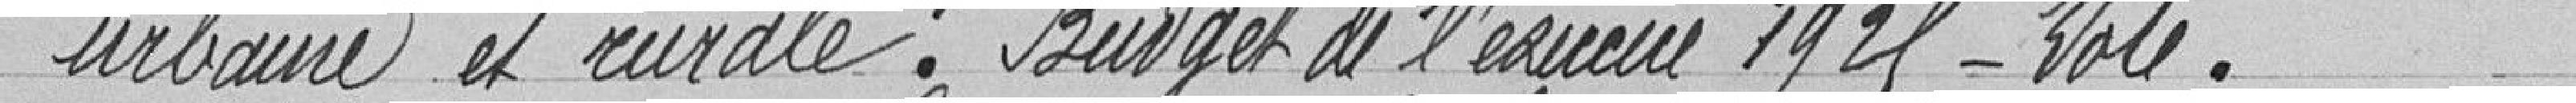
urbaine et rurale. Budget de l'exercice 1925-Vote.